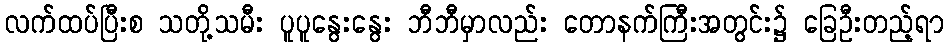
လက်ထပ်ပြီးစ သတို့သမီး ပူပူနွေးနွေး ဘီဘီမှာလည်း တောနက်ကြီးအတွင်း၌ ခြေဦးတည့်ရာ